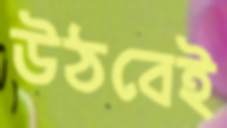
উঠবেই